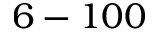
6 - 1 0 0